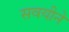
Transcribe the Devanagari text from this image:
सवयीने